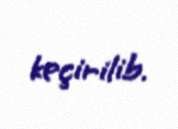
keçirilib.